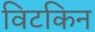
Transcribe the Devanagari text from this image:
विटकिन